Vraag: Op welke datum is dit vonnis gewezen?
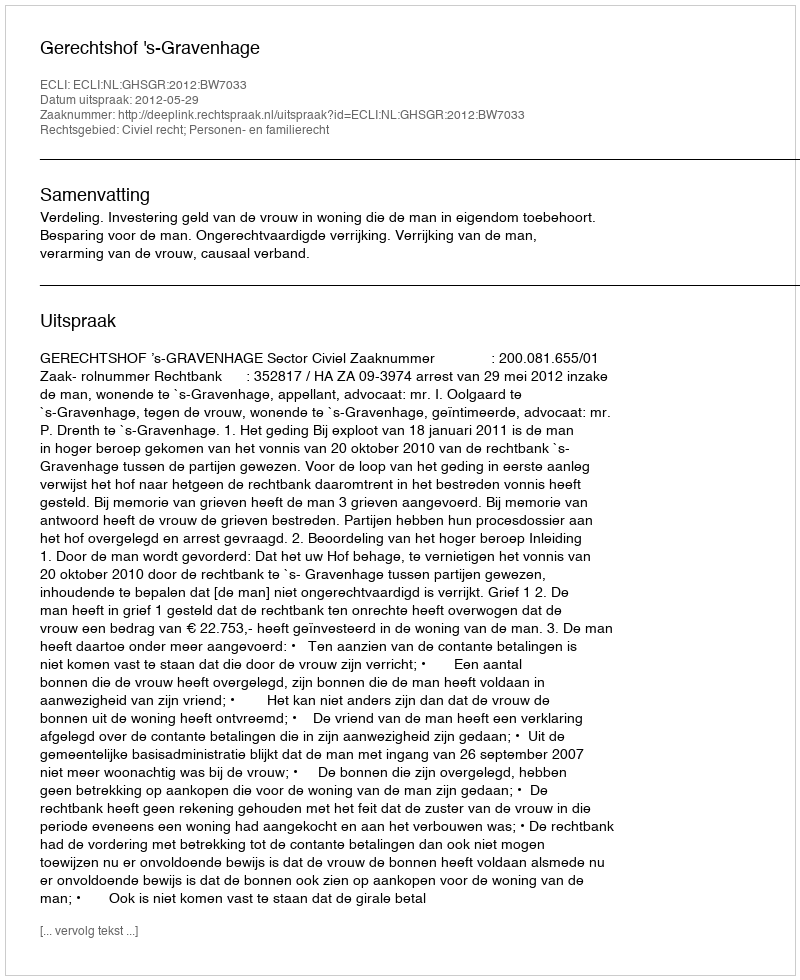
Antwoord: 2012-05-29